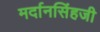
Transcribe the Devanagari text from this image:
मर्दानसिंहजी